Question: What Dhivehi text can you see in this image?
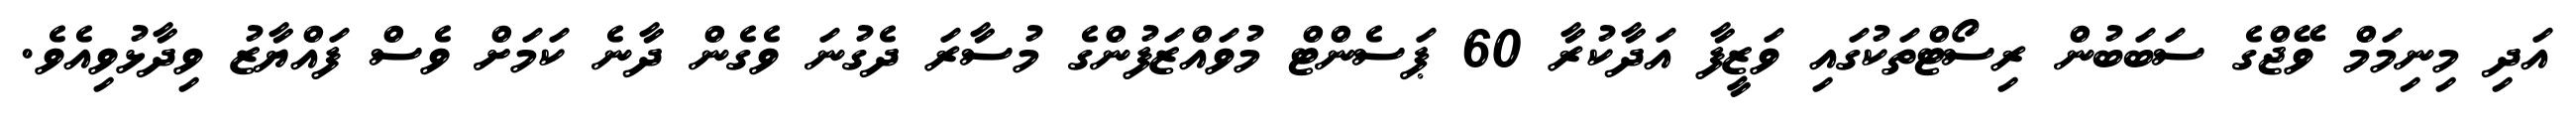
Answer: އަދި މިނިމަމް ވޭޖްގެ ސަބަބުން ރިސޯޓްތަކުގައި ވަޒީފާ އަދާކުރާ 60 ޕަސެންޓް މުވައްޒަފުންގެ މުސާރަ ދެގުނަ ވެގެން ދާނެ ކަމަށް ވެސް ފައްޔާޒު ވިދާޅުވިއެވެ.